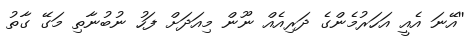
''އޭނަ އެއީ އަަހަރުމެންގެ ދަރިއެއް ނޫން މިއަދަށް ފަހު ނުބުނާތި މަގޭ ގާތު